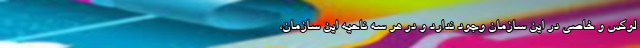
لوکس و خاصی در این سازمان وجود ندارد و در هر سه ناحیه این سازمان،